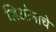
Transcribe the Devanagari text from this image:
लिओनाचे